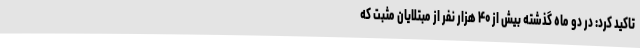
تاکید کرد: در دو ماه گذشته بیش از ۴۰ هزار نفر از مبتلایان مثبت که